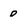
Character: D